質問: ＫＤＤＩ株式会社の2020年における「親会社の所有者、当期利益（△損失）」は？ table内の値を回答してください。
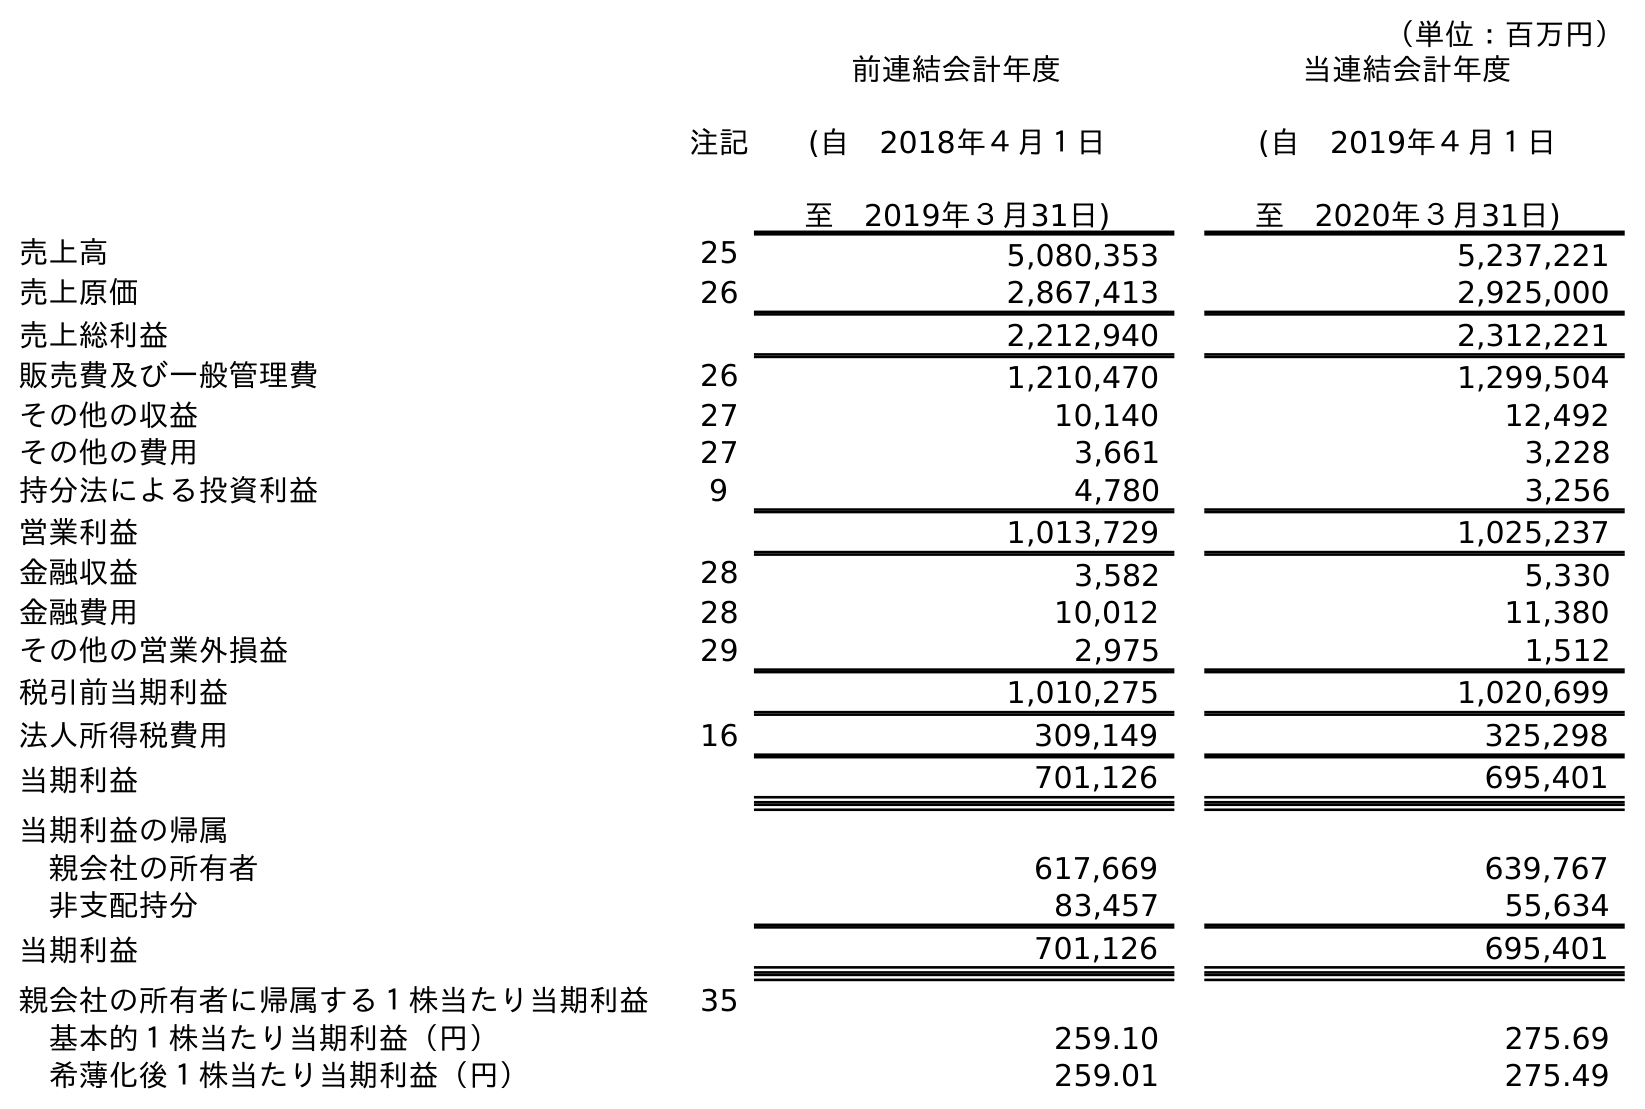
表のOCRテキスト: （単位：百万円） 注記 前連結会計年度 (自 2018年４月１日 至 2019年３月31日) 当連結会計年度 (自 2019年４月１日 至 2020年３月31日) 売上高 25 5,080,353 5,237,221 売上原価 26 2,867,413 2,925,000 売上総利益 2,212,940 2,312,221 販売費及び一般管理費 26 1,210,470 1,299,504 その他の収益 27 10,140 12,492 その他の費用 27 3,661 3,228 持分法による投資利益 9 4,780 3,256 営業利益 1,013,729 1,025,237 金融収益 28 3,582 5,330 金融費用 28 10,012 11,380 その他の営業外損益 29 2,975 1,512 税引前当期利益 1,010,275 1,020,699 法人所得税費用 16 309,149 325,298 当期利益 701,126 695,401 当期利益の帰属 親会社の所有者 617,669 639,767 非支配持分 83,457 55,634 当期利益 701,126 695,401 親会社の所有者に帰属する１株当たり当期利益 35 基本的１株当たり当期利益（円） 259.10 275.69 希薄化後１株当たり当期利益（円） 259.01 275.49
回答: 639,767